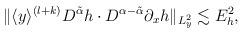
LaTeX: \begin{align*}\begin{aligned}\Vert \langle y\rangle^{(l+k)}D^{\tilde{\alpha}}h\cdot D^{\alpha-\tilde{\alpha}} \partial_x h\Vert_{L^2_y}\lesssim E_h^2,\end{aligned}\end{align*}